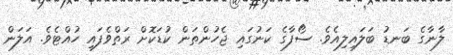
ލާނާގެ ބަނޑު ބަލައިލިއެވެ. ސޯފާގެ ކަނުގައި ޖެހުންތަން ކުޑަކޮށް ރަތްވެފައި ހުއްޓެވެ. އަލަން